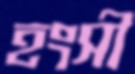
হংসী